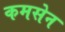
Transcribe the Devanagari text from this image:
कमसेन